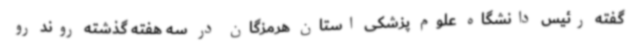
گفته رئیس دانشگاه علوم پزشکی استان هرمزگان در سه هفته گذشته روند رو